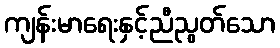
ကျန်းမာရေးနှင့်ညီညွတ်သော